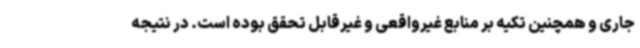
جاری و همچنین تکیه بر منابع غیرواقعی و غیرقابل تحقق بوده است. در نتیجه